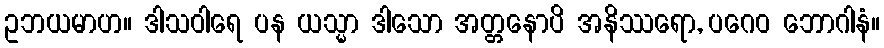
ဥဘယမာဟ။ ဒါသဝါရေ ပန ယသ္မာ ဒါသော အတ္တနောပိ အနိဿရော, ပဂေဝ ဘောဂါနံ။